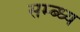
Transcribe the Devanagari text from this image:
सम्ब्ध्य